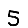
Digit: 5